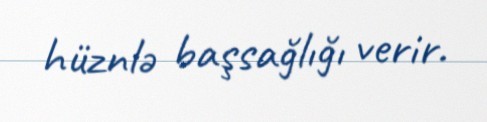
hüznlə başsağlığı verir.